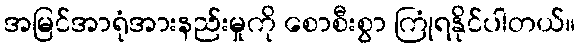
အမြင်အာရုံအားနည်းမှုကို စောစီးစွာ ကြုံရနိုင်ပါတယ်။